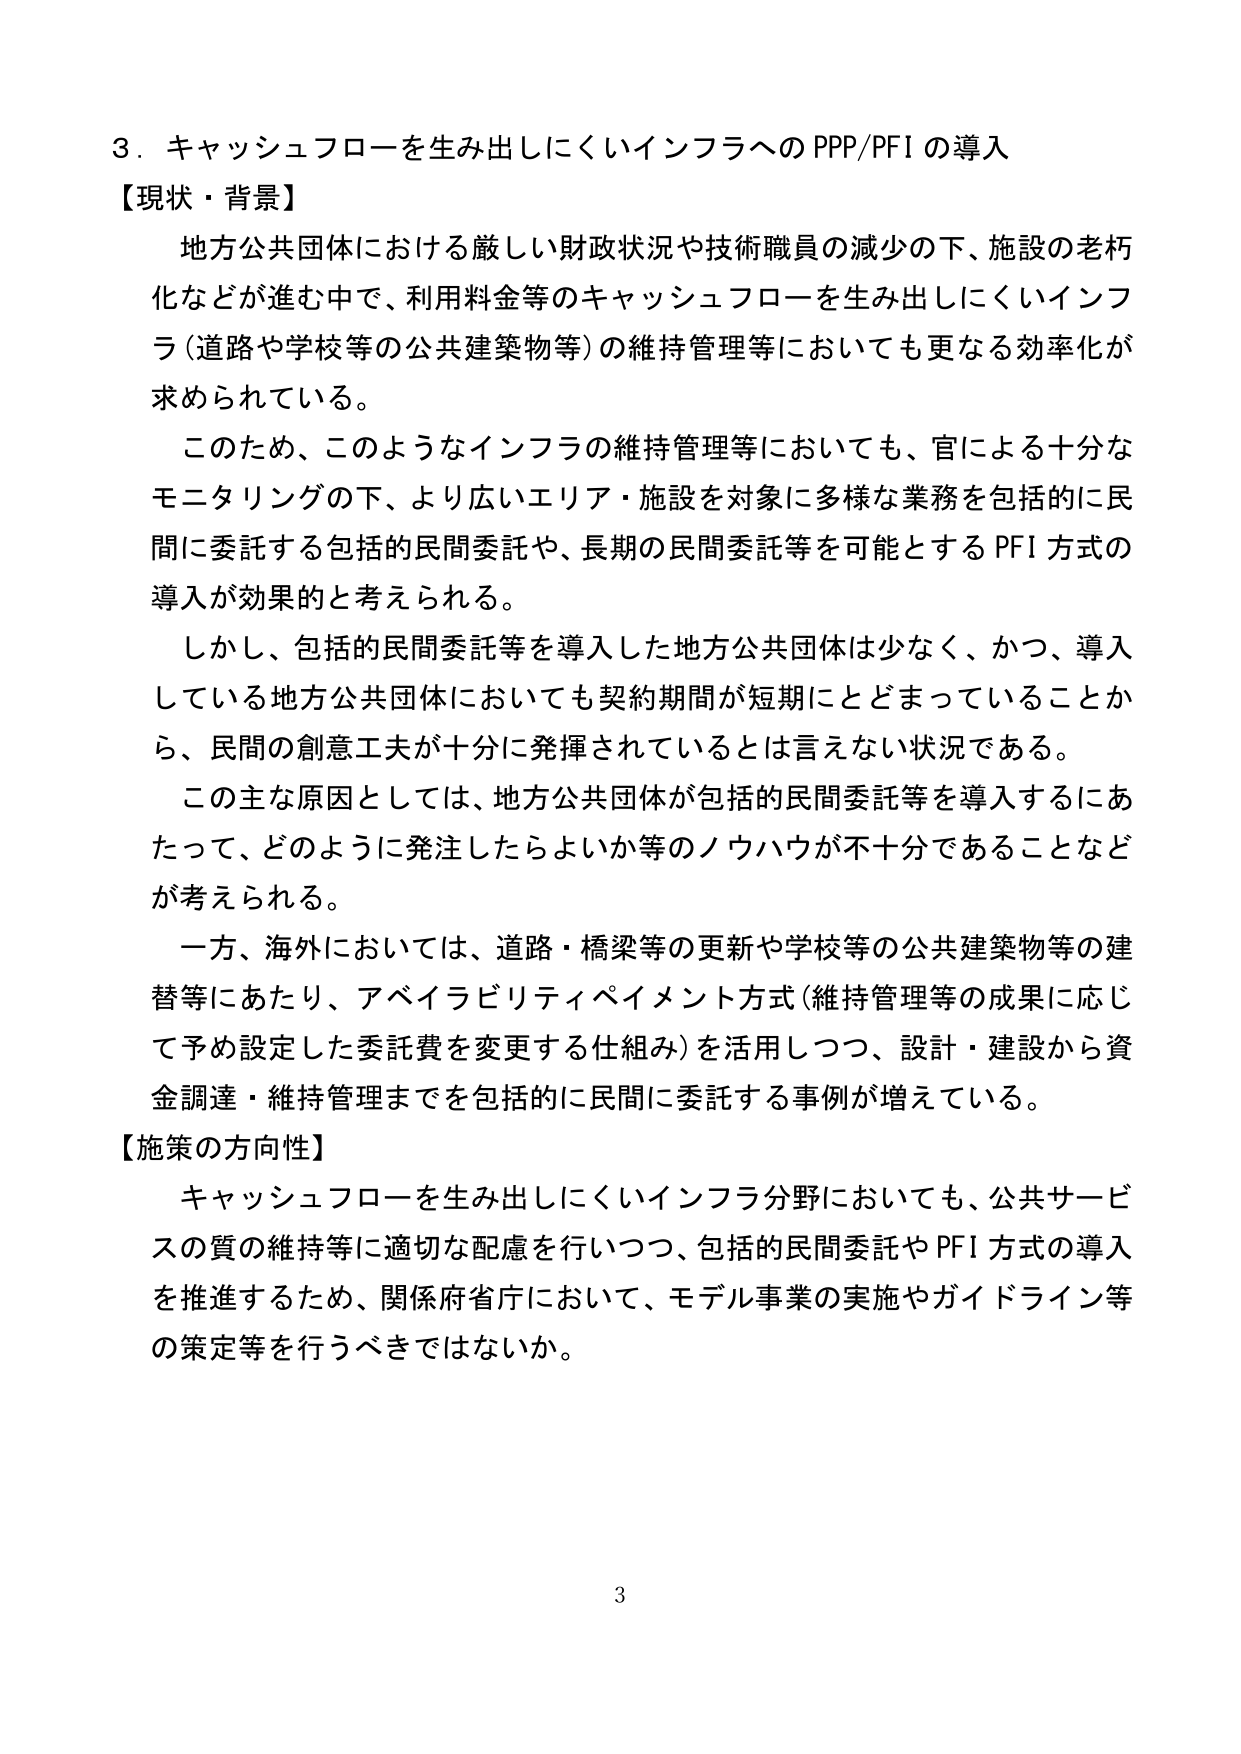
３．キャッシュフローを生み出しにくいインフラへのPPP/PFIの導入
【現状・背景】
地方公共団体における厳しい財政状況や技術職員の減少の下、施設の老朽化などが進む中で、利用料金等のキャッシュフローを生み出しにくいインフラ（道路や学校等の公共建築物等）の維持管理等においても更なる効率化が求められている。
このため、このようなインフラの維持管理等においても、官による十分なモニタリングの下、より広いエリア・施設を対象に多様な業務を包括的に民間に委託する包括的民間委託や、長期の民間委託等を可能とするPFI方式の導入が効果的と考えられる。
しかし、包括的民間委託等を導入した地方公共団体は少なく、かつ、導入している地方公共団体においても契約期間が短期にとどまっていることから、民間の創意工夫が十分に発揮されているとは言えない状況である。
この主な原因としては、地方公共団体が包括的民間委託等を導入するにあたって、どのように発注したらよいか等のノウハウが不十分であることなどが考えられる。
一方、海外においては、道路・橋梁等の更新や学校等の公共建築物等の建替等にあたり、アベイラビリティペイメント方式（維持管理等の成果に応じて予め設定した委託費を変更する仕組み）を活用しつつ、設計・建設から資金調達・維持管理までを包括的に民間に委託する事例が増えている。
【施策の方向性】
キャッシュフローを生み出しにくいインフラ分野においても、公共サービスの質の維持等に適切な配慮を行いつつ、包括的民間委託やPFI方式の導入を推進するため、関係府省庁において、モデル事業の実施やガイドライン等の策定等を行うべきではないか。
3